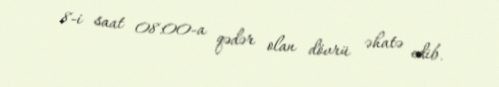
8-i saat 08:00-a qədər olan dövrü əhatə edib.